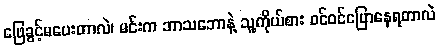
ဖြေခွင့်မပေးတာလဲ၊ မင်းက ဘာသဘောနဲ့ သူ့ကိုယ်စား ဝင်ဝင်ပြောနေရတာလဲ